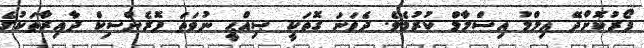
ފޯރުކޮށްދޭ އިލްމު އިސްލާމް ކުރުމެވެ. ދެވަނަ ގޮތަކީ ޞިއްޙީ ނުވަތަ ފޮރެންސިކް ދާއިރާތަކުގެ